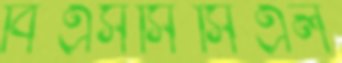
বিএসসিসিএল